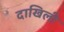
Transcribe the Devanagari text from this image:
दाखिली